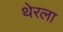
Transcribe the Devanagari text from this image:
थेरला